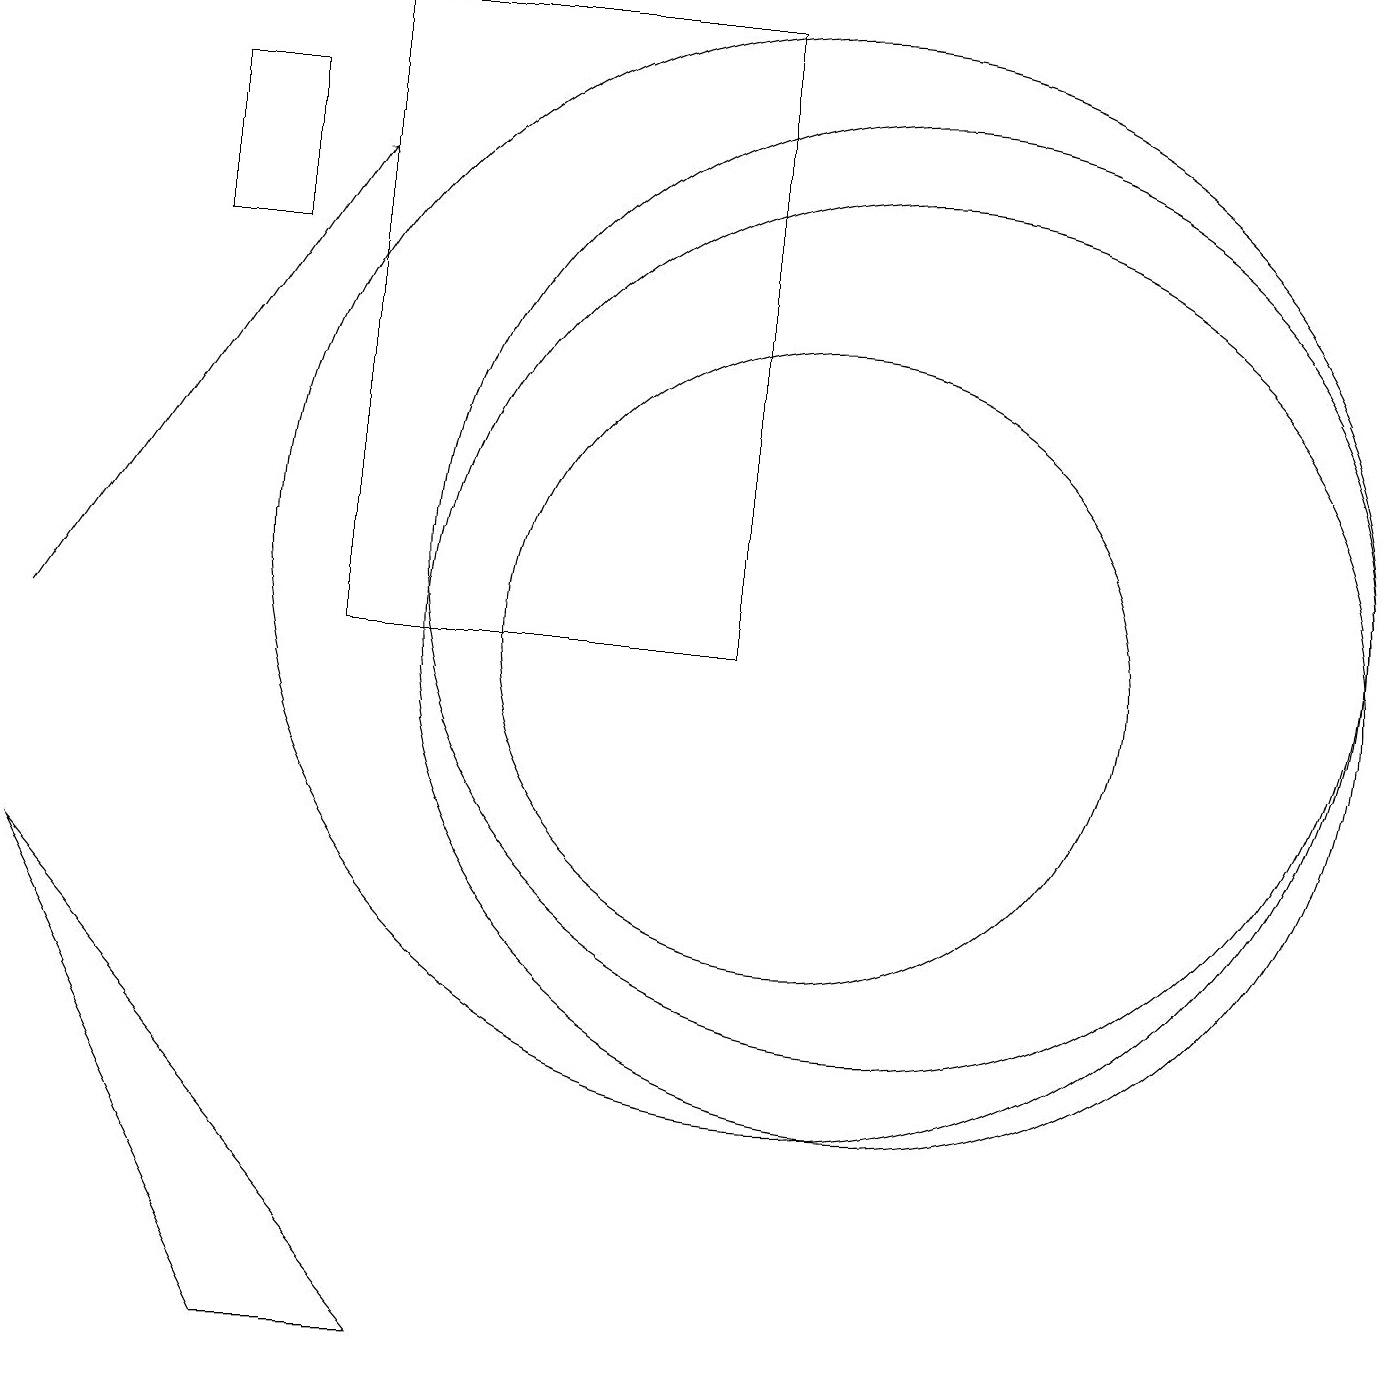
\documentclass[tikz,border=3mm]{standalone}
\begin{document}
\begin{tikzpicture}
\draw (2,17) rectangle (3,15);
\draw (0,7) -- (5,1) -- (3,1) -- cycle;
\draw (10,10) circle (4);
\draw (11,11) circle (6);
\draw (11,10) circle (6);
\draw (9,10) rectangle (4,18);
\draw (10,11) circle (7);
\draw[->] (0,10) -- (4,16);
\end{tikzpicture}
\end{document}